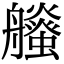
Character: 𧔶